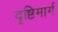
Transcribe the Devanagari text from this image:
दृष्टिमार्ग